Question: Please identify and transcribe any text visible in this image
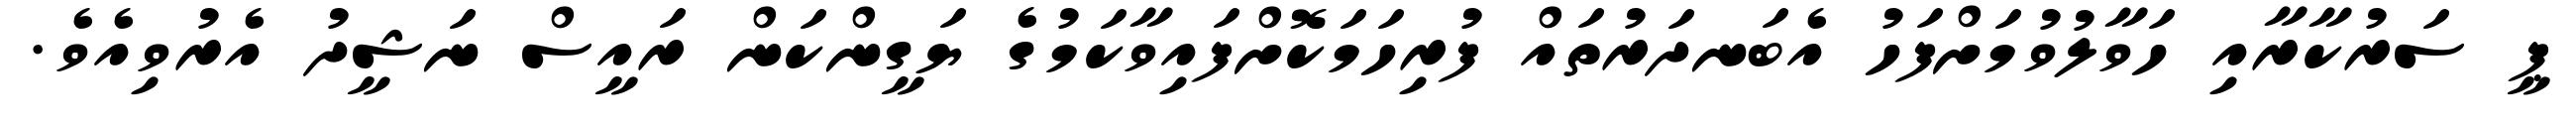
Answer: ޕީ ސަރުކާރާއި ހަވާލުވުމަށްފަހު އެބަނދަރުތައް ފުރިހަމަކޮށްފައިވާކަމުގެ ޔަގީންކަން ރައީސް ނަޝީދު އެރުވިއެވެ.